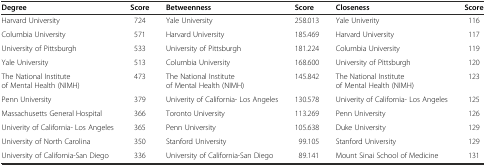
| Degree | Score | Betweenness | Score | Closeness | Score |
 | --- | --- | --- | --- | --- | --- |
 | Harvard University | 724 | Yale University | 258.013 | Yale Univerity | 116 |
 | Columbia University | 571 | Harvard University | 185.469 | Harvard University | 117 |
 | University of Pittsburgh | 533 | University of Pittsburgh | 181.224 | Columbia University | 119 |
 | Yale University | 513 | Columbia University | 168.600 | University of Pittsburgh | 120 |
 | The National Institute of Mental Health (NIMH) | 473 | The National Institute of Mental Health (NIMH) | 145.842 | The National Institute of Mental Health (NIMH) | 123 |
 | Penn University | 379 | Univerity of California- Los Angeles | 130.578 | Univerity of California- Los Angeles | 125 |
 | Massachusetts General Hospital | 366 | Toronto University | 113.269 | Penn University | 126 |
 | Univerity of California- Los Angeles | 365 | Penn University | 105.638 | Duke University | 129 |
 | University of North Carolina | 350 | Stanford University | 99.105 | Stanford University | 129 |
 | University of California-San Diego | 336 | University of California-San Diego | 89.141 | Mount Sinai School of Medicine | 131 |